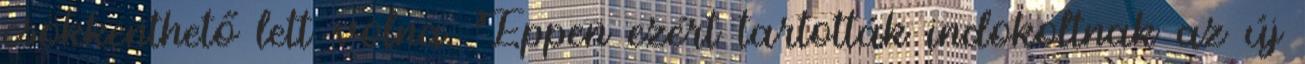
csökkenthető lett volna. Éppen ezért tartották indokoltnak az új